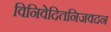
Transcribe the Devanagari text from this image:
विनिवेदितनिजवदन